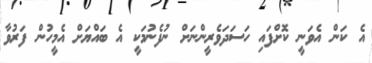
އެ ކަން އެވަނީ ކޮށްފައި ހަސަދަވެރީންނަށް ނުފެނުމަކީ އެ ބައްޔަށް އެމީހުން ފަރުވާ